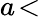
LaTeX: a\! <